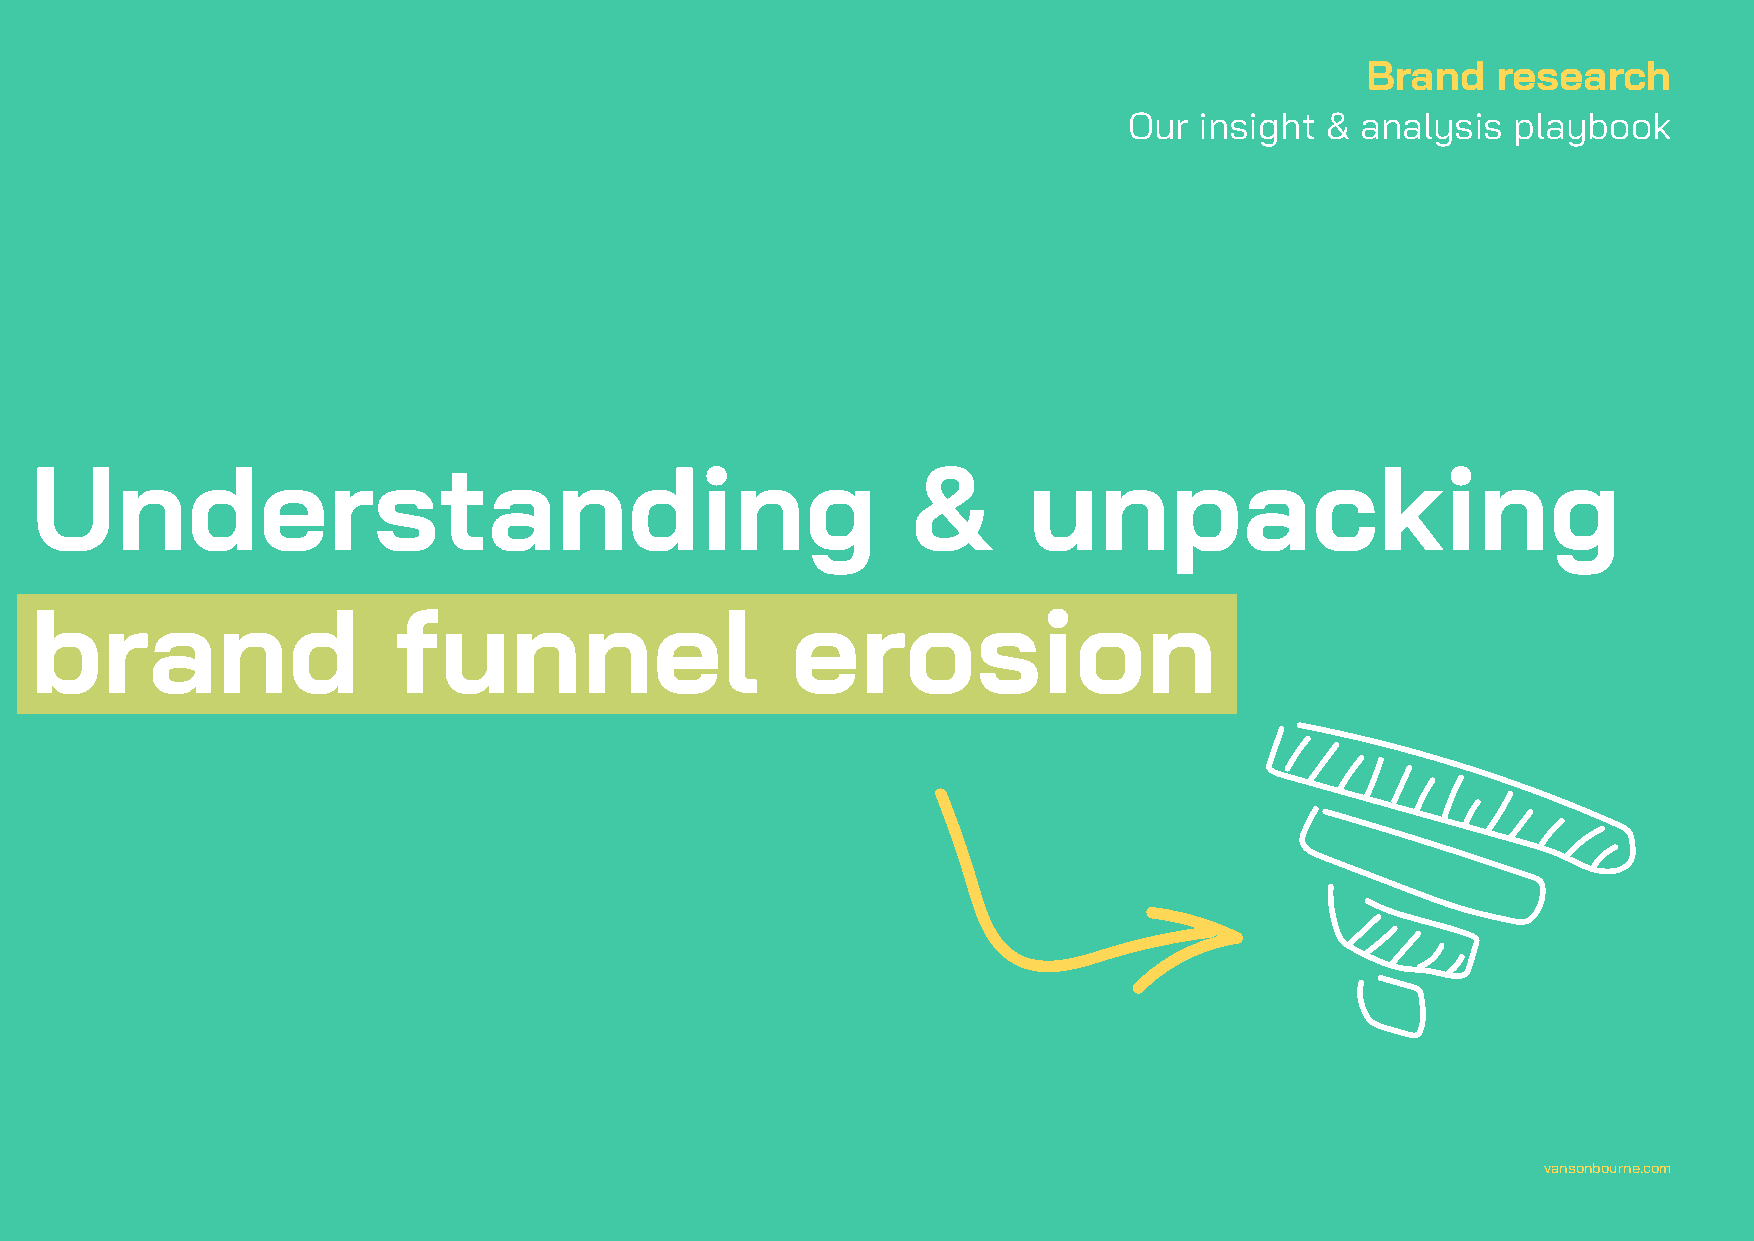
Brand    research
 Our insight  & analysis  playbook
 Understanding                                             &       unpacking
 brand                   funnel                    erosion
 vansonbourne.com